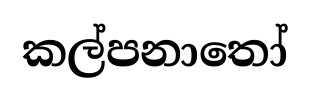
කල්පනාතෝ